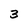
Character: 3